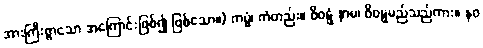
အားကြီးစွာသော အကြောင်းဖြစ်၍ ဖြစ်သော။) ကမ္မံ၊ ကံတည်း။ ဝိဝဋ္ဋံ နာမ၊ ဝိဝဋ္ဋမည်သည်ကား။ နဝ